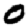
Digit: 0